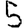
Digit: 5